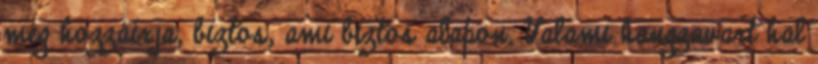
még hozzáírja, biztos, ami biztos alapon. Valami hangzavart hal